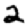
Digit: 2